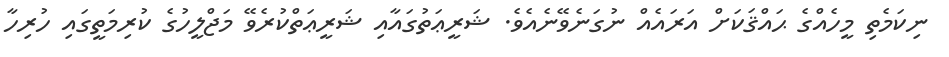
ނިކަމެތި މީހެއްގެ ޙައްޤަކަށް އަރައެއް ނުގަނެވޭނެއެވެ. ޝަރީޢަތުގައާއި ޝަރީޢަތްކުރެވޭ މަޖްލީހުގެ ކުރިމަތީގައި ހުރިހާ